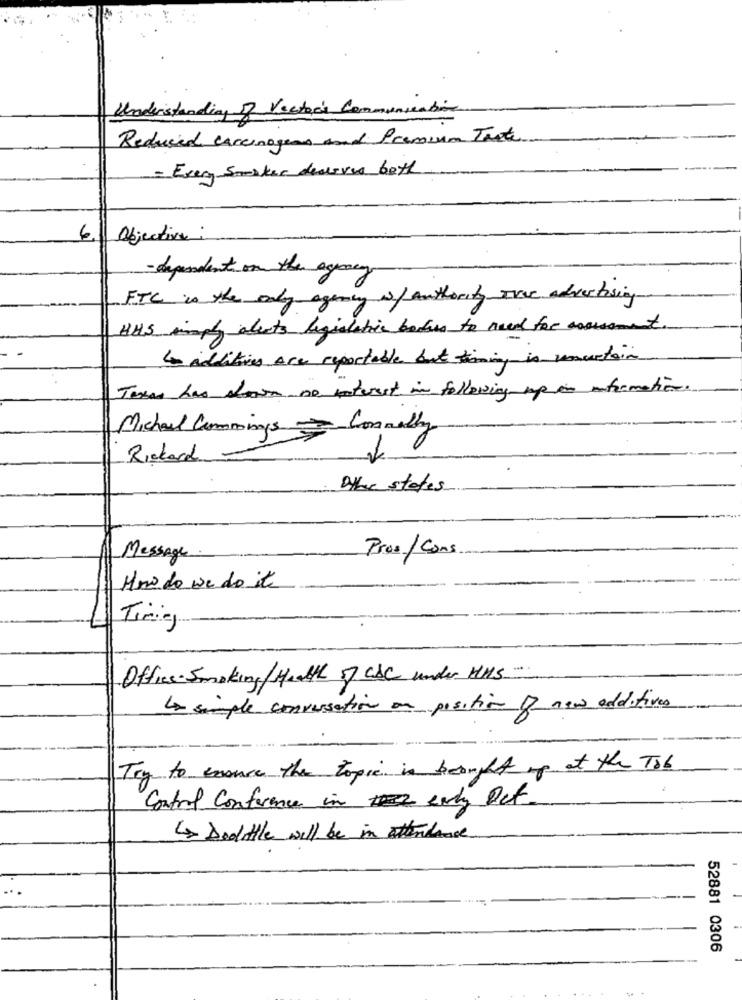
Vectors Communica
Understanding of
Reduced carcinogens and Premium Tante
= Even Smaker deserves both
6
Objective:
- dependent on the agency
FTC is the only agency w/Authority avec advertising
HHIS simply abouts legislative bodies to need for aoossament
4 Additives Are reportable but timing is vueloin
Texas has shown no interest in following up in information.
Michael Cummings Connelly
Richard
Other states
Pros/ Cons
Message.
Mnodo we do it
Timing
Office- Smoking/Health of CAC under Hs
4 simple conversation on position of new additives
Try to ensure the topic in brought up at the To6
Control Conference in early Det.
<> Doolittle will be in attendance
52881 0306